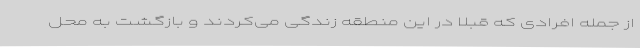
از جمله افرادی که قبلا در این منطقه زندگی می‌کردند و بازگشت به محل